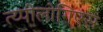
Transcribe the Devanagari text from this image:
त्य्पोलोगिएस